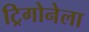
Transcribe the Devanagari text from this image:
ट्रिगोनेला